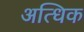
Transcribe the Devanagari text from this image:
अत्धिक